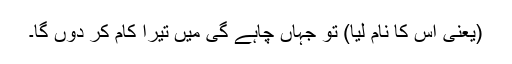
(یعنی اس کا نام لیا) تو جہاں چاہے گی میں تیرا کام کر دوں گا۔